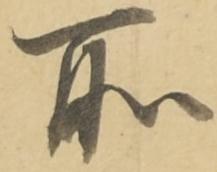
所